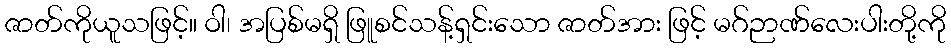
ဇာတ်ကိုယူသဖြင့်။ ဝါ၊ အပြစ်မရှိ ဖြူစင်သန့်ရှင်းသော ဇာတ်အား ဖြင့် မဂ်ဉာဏ်လေးပါးတို့ကို